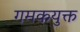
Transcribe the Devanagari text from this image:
गमकयुक्त